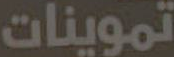
تموينات